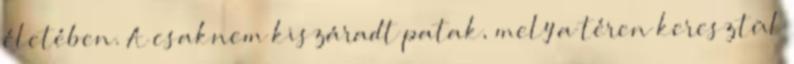
életében. A csaknem kiszáradt patak, mely a téren keresztül